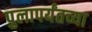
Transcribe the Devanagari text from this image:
पुलापर्यंतच्या